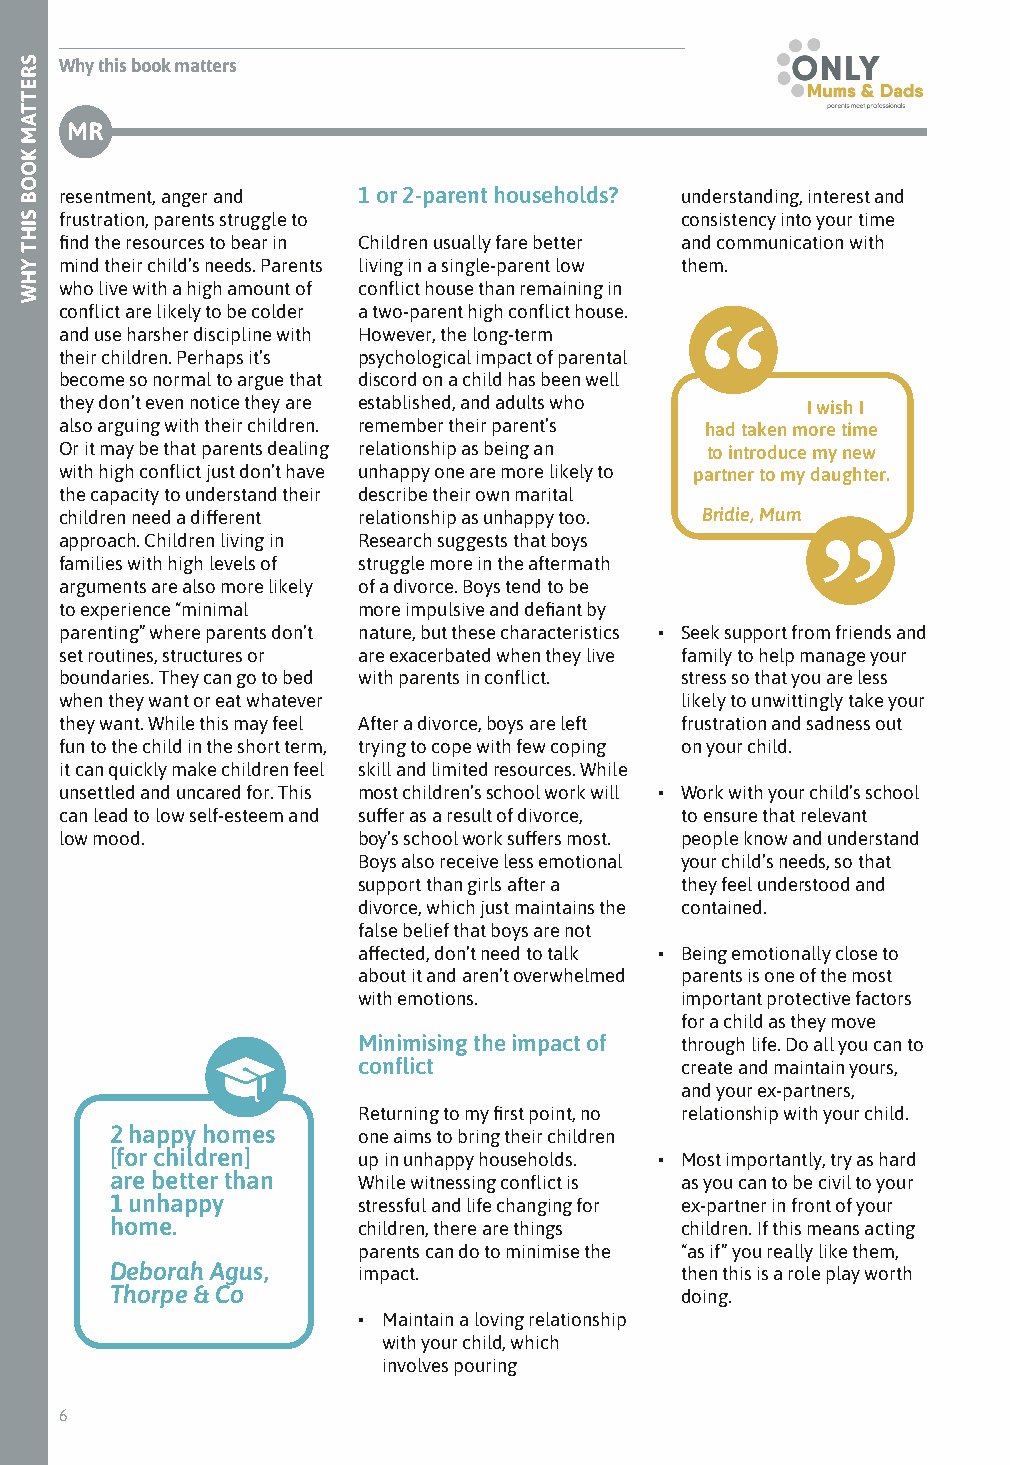
Why this book matters
 MR
 resentment, anger and 1 or 2-parent households? understanding, interest and
 frustration, parents struggle to         consistency into your time
 find the resources to bear in Children usually fare better and communication with
 mind their child’s needs. Parents living in a single-parent low them.
 who live with a high amount of conflict house than remaining in
 conflict are likely to be colder a two-parent high conflict house.
 and use harsher discipline with However, the long-term
 their children. Perhaps it’s psychological impact of parental
 become so normal to argue that discord on a child has been well
 they don’t even notice they are established, and adults who I wish I
 also arguing with their children. remember their parent’s had taken more time
 Or it may be that parents dealing relationship as being an to introduce my new
 with high conflict just don’t have unhappy one are more likely to partner to my daughter.
 the capacity to understand their describe their own marital
 children need a different relationship as unhappy too. Bridie, Mum
 approach. Children living in Research suggests that boys
 families with high levels of struggle more in the aftermath
 arguments are also more likely of a divorce. Boys tend to be
 to experience “minimal more impulsive and defiant by
 parenting” where parents don’t nature, but these characteristics • Seek support from friends and
 set routines, structures or are exacerbated when they live family to help manage your
 boundaries. They can go to bed with parents in conflict. stress so that you are less
 when they want or eat whatever           likely to unwittingly take your
 they want. While this may feel After a divorce, boys are left frustration and sadness out
 fun to the child in the short term, trying to cope with few coping on your child.
 it can quickly make children feel skill and limited resources. While
 unsettled and uncared for. This most children’s school work will • Work with your child’s school
 can lead to low self-esteem and suffer as a result of divorce, to ensure that relevant
 low mood.           boy’s school work suffers most. people know and understand
 Boys also receive less emotional your child’s needs, so that
 support than girls after a they feel understood and
 divorce, which just maintains the contained.
 false belief that boys are not
 affected, don’t need to talk • Being emotionally close to
 about it and aren’t overwhelmed parents is one of the most
 with emotions.       important protective factors
 for a child as they move
 Minimising the impact of through life. Do all you can to
 conflict             create and maintain yours,
 and your ex-partners,
 Returning to my first point, no relationship with your child.
 2 happy homes    one aims to bring their children
 [for children]   up in unhappy households. • Most importantly, try as hard
 are better than  While witnessing conflict is as you can to be civil to your
 1 unhappy        stressful and life changing for ex-partner in front of your
 home.            children, there are things children. If this means acting
 parents can do to minimise the “as if” you really like them,
 Deborah Agus,    impact.              then this is a role play worth
 Thorpe & Co                           doing.
 • Maintain a loving relationship
 with your child, which
 involves pouring
 6
 SRETTAM
 KOOB
 SIHT
 YHW